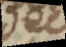
dece